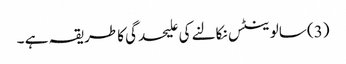
(3) سالوینٹس نکالنے کی علیحدگی کا طریقہ ہے ۔